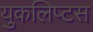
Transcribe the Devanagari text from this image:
युकलिप्टस